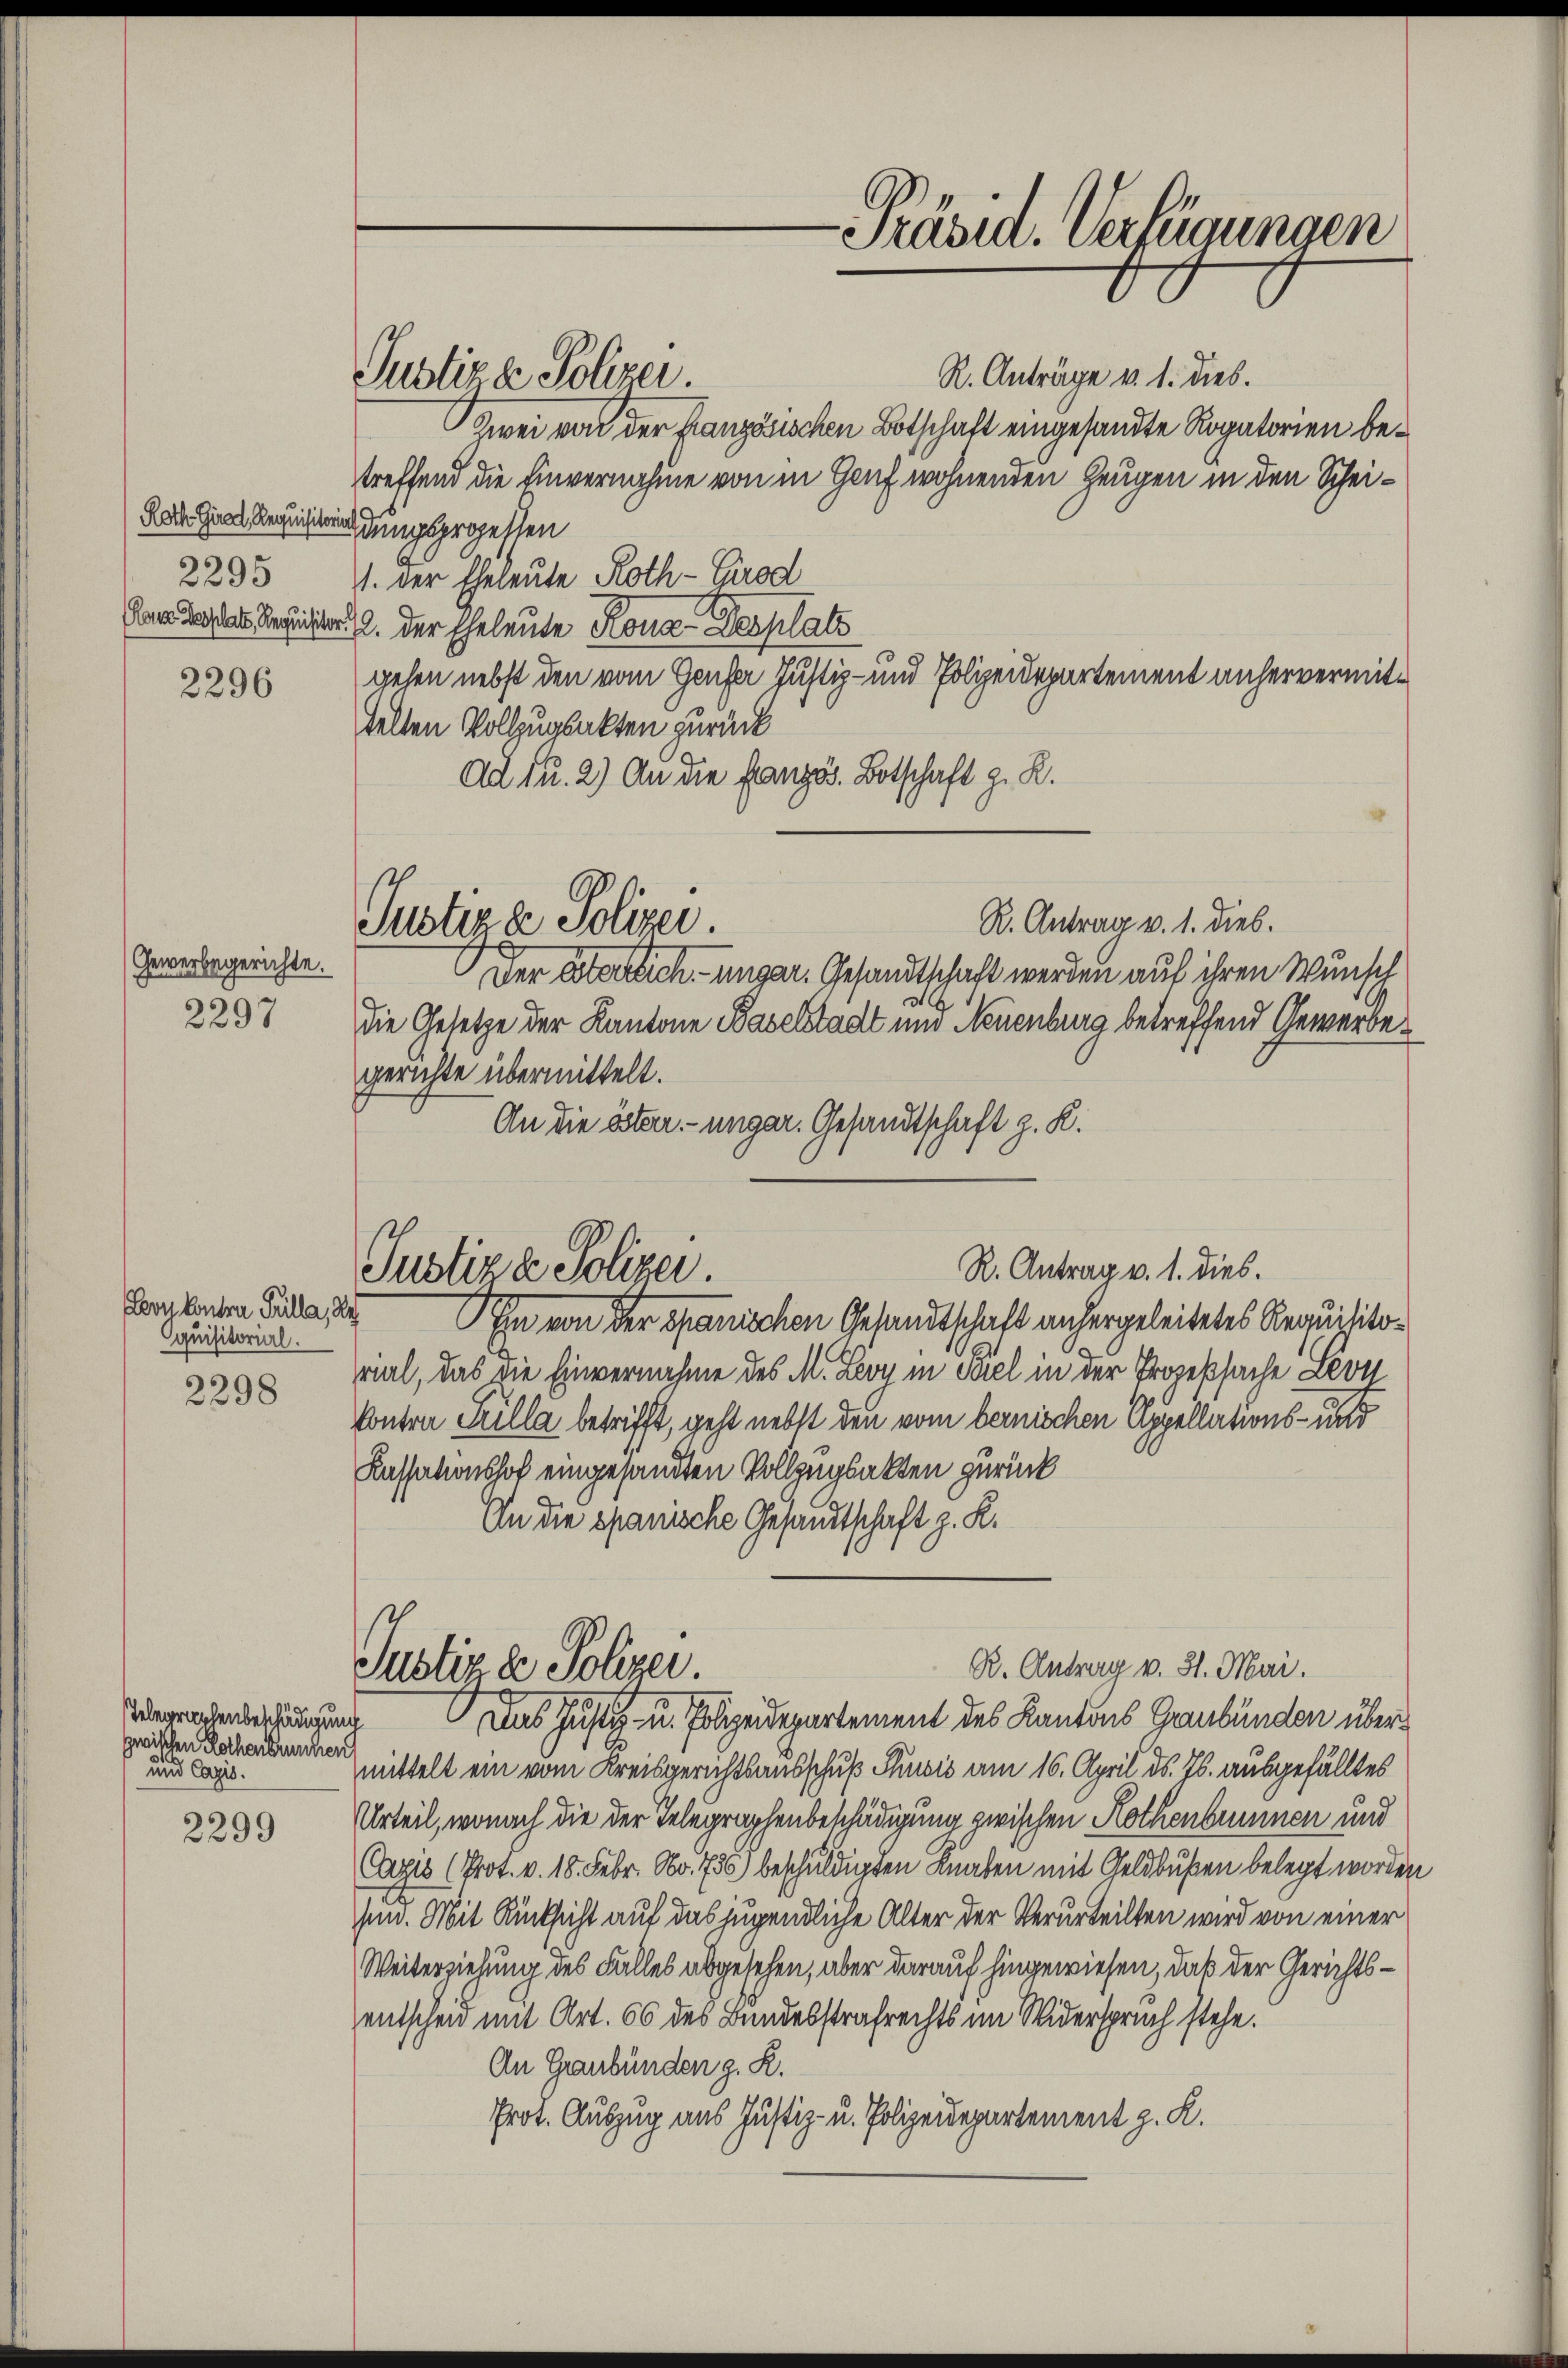
Roth Girad, Requisitoria
2295
(aus Desplatt, Requisitor

2296

Gewerbegerichte.
6
2297

Loon kontra Pulla, de
quisitorial.
2298

Telegraphenbeschädigung
zwischen Rothenbruchen
und Capis.

2299

s

Justiz & Polizei.

Justiz & Polizei.

R. Antrag v. 1. dies.
Justiz & Polizei.

Präsid. Verfügungen

R. Anträge v. 1. dies.
Zwei von der französischen Botschaft eingesandte Rogatorien betreffend die Einvernahme von in Genf wohnenden Zeugen in den Scheidungsprozessen
1. der Eheleute Roth- Girod
2. der Eheleute Rona-Desplatz
gehen nebst den vom Genfer Justiz- und Polizeidepartement anhervermittelten Vollzugsakten zurück
Ad u. 2) An die französ. Botschaft z. R.
R. Antrag v. 1. dies.
Der Sterlich unger. Gesandtschaft werden auf ihren Wunsch
die Gesetze der Kantone Baselstadt und Neuenburg betreffend Gewerbegerichte übermittelt.
An die älten. - ungar. Gesandtschaft z. K.
Ein von der Spanischen Gesandtschaft anhergeleitetes Requisitoril, das die Einvernahme des M. Levy in Seel in der Prozeßsache Leon
Contra Pilla betrifft, geht nebst den vom bernischen Appellations- und
Kassationshof eingesandten Vollzugsakten zurück
An die spanische Gesandtschaft z. K.
R. Antrag v. 31. Mai.
Justiz & Polizei.
Das Justiz- u. Polizeidepartement des Kantons Graubünden übermittelt ein vom Kreisgerichtsausschuß Chudis am 16. April d. Js. ausgefälltes
Urteil, wonach die der Telegraphenbeschädigung zwischen Kothenbrunnen und
Cazis (Prot. v. 18. Febr. No. 756) beschuldigten Knaben mit Geldbußen belegt worden
sin. Mit Rücksicht auf das jugendliche Alter der Verurteilten wird von einer
Weiterzielung des Falles abgesehen, aber darauf hingewiesen, daß der Gerichtsentscheid mit Art. 66 des Bundesstrafrechts im Widerspruch stehe.
An Graubünden g. R.
Prot. Auszug aus Justiz- u. Polizeidepartement z. R.